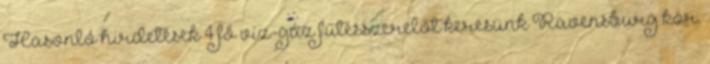
Hasonló hirdetések 4 fő víz-gáz fűtésszerelőt keresünk Ravensburg kör.